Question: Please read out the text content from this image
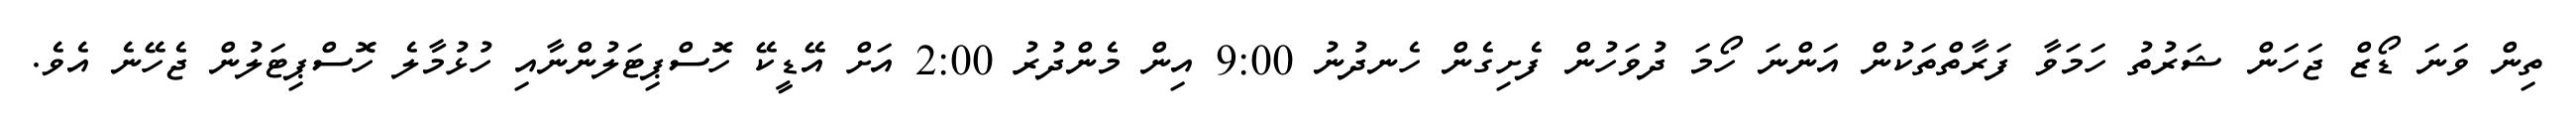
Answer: ތިން ވަނަ ޑޯޒް ޖަހަން ޝަރުތު ހަމަވާ ފަރާތްތަކުން އަންނަ ހޯމަ ދުވަހުން ފެށިގެން ހެނދުނު 9:00 އިން މެންދުރު 2:00 އަށް އޭޑީކޭ ހޮސްޕިޓަލުންނާއި ހުޅުމާލެ ހޮސްޕިޓަލުން ޖެހޭނެ އެވެ.